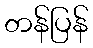
တန်ပြန်